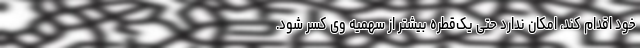
خود اقدام کند، امکان ندارد حتی یک‌قطره بیشتر از سهمیه وی کسر شود.